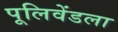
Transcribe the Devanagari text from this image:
पूलिवेंडला